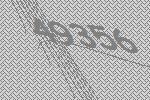
49356